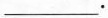
___.